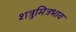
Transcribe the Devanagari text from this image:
शत्रुमित्रभाव